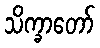
သိက္ခာတော်